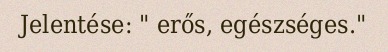
Jelentése: " erős, egészséges."